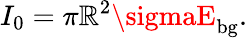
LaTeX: I_{0}=\pi\mathbb{R}^{2}\sigmaE_{\mathrm{{bg}}}.